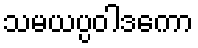
သမယပ္ပဝါဒကော